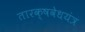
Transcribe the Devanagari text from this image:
तारक्षवेधयंत्र